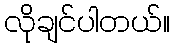
လိုချင်ပါတယ်။